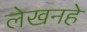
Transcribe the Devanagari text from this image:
लेखनहे